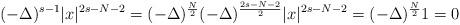
LaTeX: \begin{align*} (-\Delta)^{s-1}|x|^{2s-N-2}=(-\Delta)^{\frac{N}{2}}(-\Delta)^{\frac{2s-N-2}{2}}|x|^{2s-N-2}=(-\Delta)^{\frac{N}{2}}1=0\end{align*}